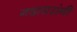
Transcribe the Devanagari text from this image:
गदाधरांनी